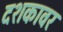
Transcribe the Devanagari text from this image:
दशकावर